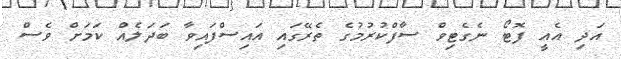
އަދި އެއީ ފޮޓޯ ނެގެޓިވް ސާފްކުރުމުގެ ތެރޭގައި އައިސްފައިވާ ބަދަލެއް ކަމަށް ވެސް